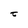
Character: t